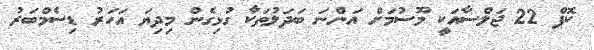
ކޮޕް 22 ޖަލްސާއަކީ މޫސުމަށް އަންނަ ބަދަލުތަކާ ގުޅިގެން މިދިޔަ އަހަރު ޑިސެމްބަރު